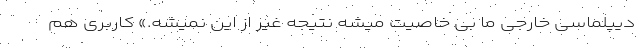
دیپلماسی خارجی ما بی خاصیت میشه نتیجه غیر از این نمیشه.» کاربری هم